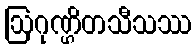
ဩဂုဏ္ဌိတသီသဿ